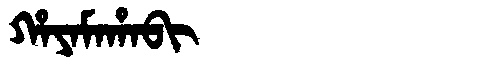
Manchu: ᡥᠠᠶᠠᠮᠠᡥᠠᠪᡳ
Romanization: HAYAMAHABI